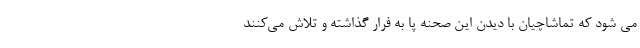
می شود که تماشاچیان با دیدن این صحنه پا به فرار گذاشته و تلاش می‌کنند